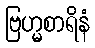
ဗြဟ္မစာရိနံ